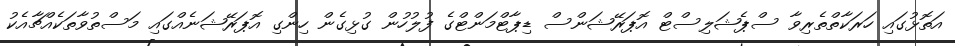
އަތޮޅުގައި ހަރަކާތްތެރިވާ ސްޕެޝަލިސްޓް އޮޕަރޭޝަންސް ޑިޕާޓްމަންޓްގެ ފުލުހުން ގުޅިގެން ހިންގި އޮޕަރޭޝަނެއްގައި މަސްތުވާތަކެއްޗާއެކު